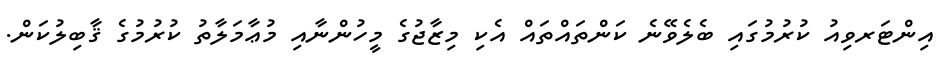
އިންޓަރވިއު ކުރުމުގައި ބެލެވޭނެ ކަންތައްތައް އެކި މިޒާޖުގެ މީހުންނާއި މުޢާމަލާތު ކުރުމުގެ ޤާބިލުކަން.